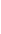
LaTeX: \! \! \! \! \! \! \! \! \! \! \! \bar{\! \! \! \! \! \! \! \! \! \! \! \! \lambda}\! \! \! \! \! \! \! \! \! \! \! \! \! \! \! \! \! \! \! \! \! \! \! \! \in\! \! \! \! \! \! \! \! \! \! \! \! \! \! \! \! \! \! \! \! \! \! \! \! [\! \! \! \! \! \! \! \! \! \! \! \! 0\! \! \! \! \! \! \! \! \! \! \! \! ,\! \! \! \! \! \! \! \! \! \! \! \! 1\! \! \! \! \! \! \! \! \! \! \! \! ]\! \! \! \! \! \! \! \! \! \! \!